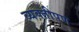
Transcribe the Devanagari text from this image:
व्यक्तीपण